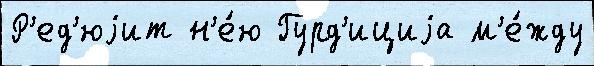
Р'ед'юjит н'е́ю Гурд'ициjа м'е́жду